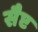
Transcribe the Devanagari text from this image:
सैप्ट